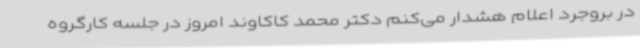
در بروجرد اعلام هشدار می‌کنم دکتر محمد کاکاوند امروز در جلسه کارگروه